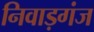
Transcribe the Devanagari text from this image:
निवाड़गंज